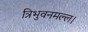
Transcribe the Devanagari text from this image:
त्रिभुवनमल्ल।